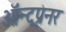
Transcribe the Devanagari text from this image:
ऑन्ट्रप्रनर